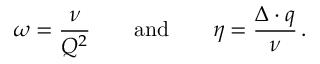
\omega = \frac { \nu } { Q ^ { 2 } } \qquad \mathrm { a n d } \qquad \eta = \frac { \Delta \cdot q } { \nu } \, .